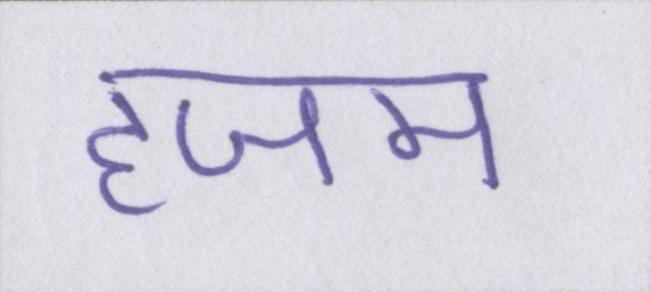
हजम